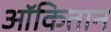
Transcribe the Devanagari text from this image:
ऑकितान